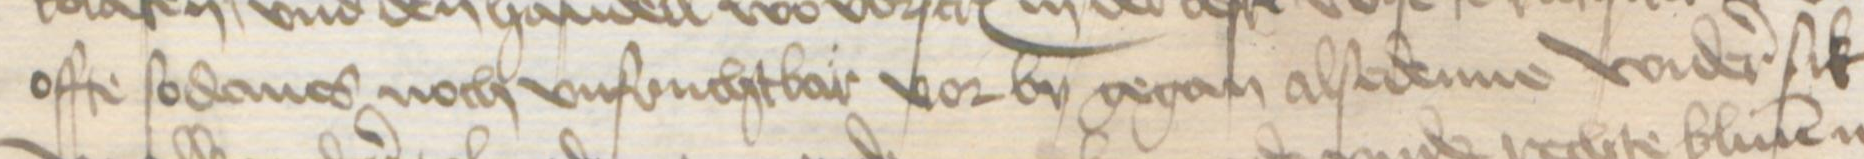
Transcription: offe sodanes noch vnfruchtbar vor by gegan alsedenne wider sik